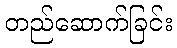
တည်ဆောက်ခြင်း